Leaving Certificate Examination (including Day School Certificate (Higher) General paper), 1934
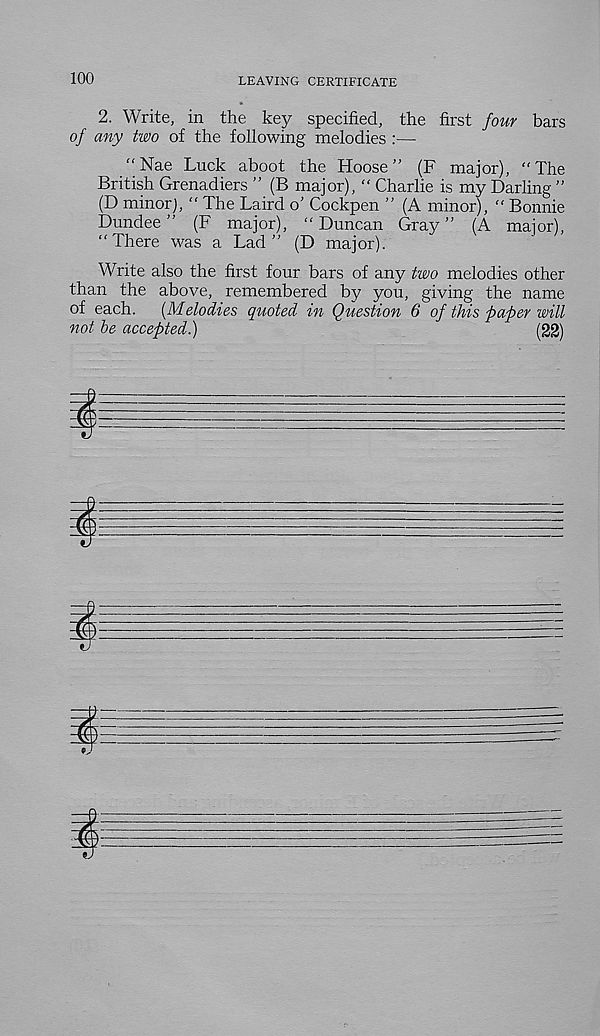
100
LEAVING CERTIFICATE
2. Write, in the key specified, the first four bars
of any two of the following melodies :—
"Nae Luck aboot the Hoose ” (F major), “The
British Grenadiers ” (B major), “ Charlie is my Darling ”
(D minor), “ The Laird o' Cockpen ” (A minor), “ Bonnie
Dundee ” (F major), “ Duncan Gray ” (A major),
“There was a Lad” (D major).
Write also the first four bars of any two melodies other
than the above, remembered by you, giving the name
of each.
[Melodies quoted in Question 6 of this paper will
not be accepted.)
(22)